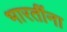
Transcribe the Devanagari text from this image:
भारतींना